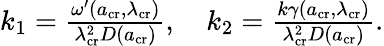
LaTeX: \begin{array}{r}{k_{1}=\frac{\omega^{\prime}(a_{\mathrm{cr}},\lambda_{\mathrm{cr}})}{\lambda_{\mathrm{cr}}^{2}D(a_{\mathrm{cr}})},\quad k_{2}=\frac{k\gamma(a_{\mathrm{cr}},\lambda_{\mathrm{cr}})}{\lambda_{\mathrm{cr}}^{2}D(a_{\mathrm{cr}})}.}\end{array}